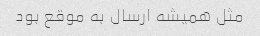
مثل همیشه ارسال به موقع بود